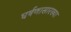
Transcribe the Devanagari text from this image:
घर्षणासारख्या